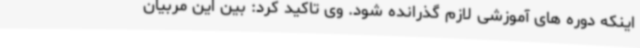
اینکه دوره های آموزشی لازم گذرانده شود. وی تاکید کرد: بین این مربیان